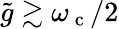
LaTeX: \tilde{g}\gtrsim\omega_{\mathrm{~c~}}/2